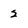
Character: 2